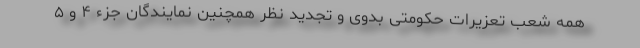
همه شعب تعزیرات حکومتی بدوی و تجدید نظر همچنین نمایندگان جزء ۴ و ۵